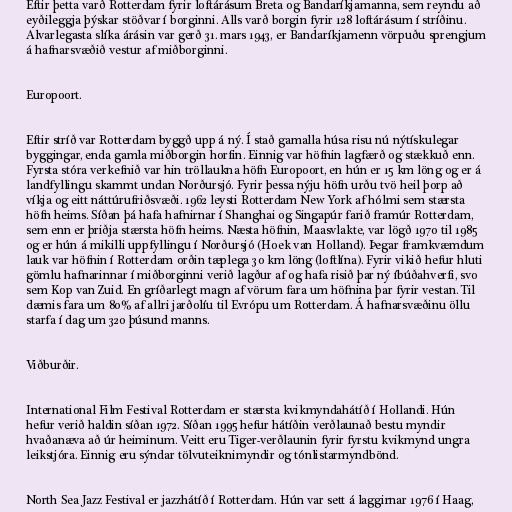
Eftir þetta varð Rotterdam fyrir loftárásum Breta og Bandaríkjamanna, sem reyndu að
eyðileggja þýskar stöðvar í borginni. Alls varð borgin fyrir 128 loftárásum í stríðinu.
Alvarlegasta slíka árásin var gerð 31. mars 1943, er Bandaríkjamenn vörpuðu sprengjum
á hafnarsvæðið vestur af miðborginni.

Europoort.

Eftir stríð var Rotterdam byggð upp á ný. Í stað gamalla húsa risu nú nýtískulegar
byggingar, enda gamla miðborgin horfin. Einnig var höfnin lagfærð og stækkuð enn.
Fyrsta stóra verkefnið var hin tröllaukna höfn Europoort, en hún er 15 km löng og er á
landfyllingu skammt undan Norðursjó. Fyrir þessa nýju höfn urðu tvö heil þorp að
víkja og eitt náttúrufriðsvæði. 1962 leysti Rotterdam New York af hólmi sem stærsta
höfn heims. Síðan þá hafa hafnirnar í Shanghai og Singapúr farið framúr Rotterdam,
sem enn er þriðja stærsta höfn heims. Næsta höfnin, Maasvlakte, var lögð 1970 til 1985
og er hún á mikilli uppfyllingu í Norðursjó (Hoek van Holland). Þegar framkvæmdum
lauk var höfnin í Rotterdam orðin tæplega 30 km löng (loftlína). Fyrir vikið hefur hluti
gömlu hafnarinnar í miðborginni verið lagður af og hafa risið þar ný íbúðahverfi, svo
sem Kop van Zuid. En gríðarlegt magn af vörum fara um höfnina þar fyrir vestan. Til
dæmis fara um 80% af allri jarðolíu til Evrópu um Rotterdam. Á hafnarsvæðinu öllu
starfa í dag um 320 þúsund manns.

Viðburðir.

International Film Festival Rotterdam er stærsta kvikmyndahátíð í Hollandi. Hún
hefur verið haldin síðan 1972. Síðan 1995 hefur hátíðin verðlaunað bestu myndir
hvaðanæva að úr heiminum. Veitt eru Tiger-verðlaunin fyrir fyrstu kvikmynd ungra
leikstjóra. Einnig eru sýndar tölvuteiknimyndir og tónlistarmyndbönd.

North Sea Jazz Festival er jazzhátíð í Rotterdam. Hún var sett á laggirnar 1976 í Haag,